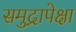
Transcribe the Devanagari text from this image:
समुद्रापेक्षा